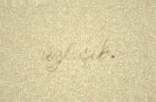
üzləşib.